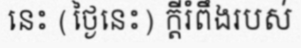
នេះ (ថ្ងៃនេះ) ក្តីរំពឹងរបស់